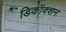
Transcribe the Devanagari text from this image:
डिकॉक्शन